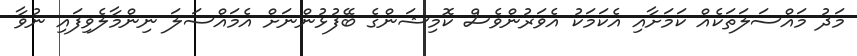
މަދު މައްސަލަތަކެއް ކަމަށާއި އެކަމަކު އެވަރުންވެސް ކޮމިޝަންގެ ބޭފުޅުންނަށް އެމައްސަލަ ނިންމާލެވިފައި ނުވާ